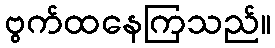
ဗွက်ထနေကြသည်။